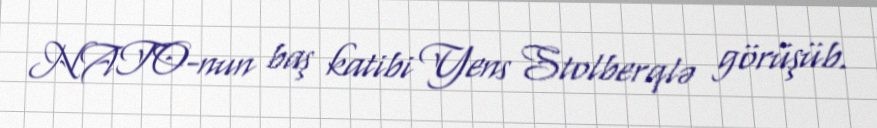
NATO-nun baş katibi Yens Stolberqlə görüşüb.